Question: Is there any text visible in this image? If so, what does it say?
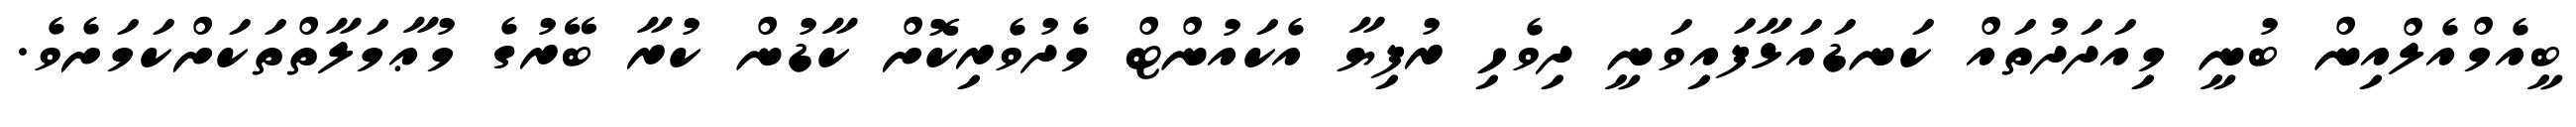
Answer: ބީއެމްއެލްއިން ބުނީ މިއަދަދުތައް ކަނޑައަޅާފައިވަނީ ދިވެހި ރުފިޔާ އެކައުންޓް މެދުވެރިކޮށް ކާޑުން ކުރާ ބޭރުގެ މުޢާމަލާތްތަކަށްކަމަށެވެ.